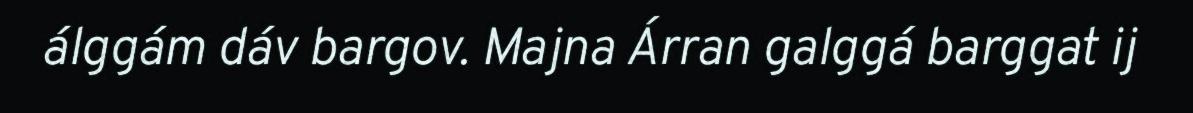
álggám dáv bargov. Majna Árran galggá barggat ij